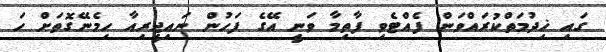
ގައި ޚިދުމަތްކުރައްވަން ފެއްޓެވި ފާތިމާ ވަނީ އޭގެ ފަހުން ނައިޖީރިއާ ހިމެނޭގޮތަށް ހަ